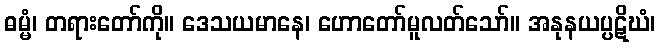
ဓမ္မံ၊ တရားတော်ကို။ ဒေသယမာနေ၊ ဟောတော်မူလတ်သော်။ အနုနယပ္ပဋိဃံ၊